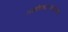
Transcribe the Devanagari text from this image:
प्रताधिकारासंबंधीच्या